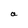
Character: a